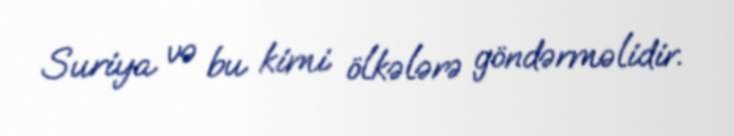
Suriya və bu kimi ölkələrə göndərməlidir.